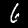
Label: 6